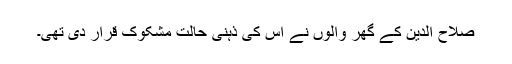
صلاح الدین کے گھر والوں نے اس کی ذہنی حالت مشکوک قرار دی تھی۔